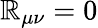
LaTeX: \mathbb{R}_{\mu\nu}=0